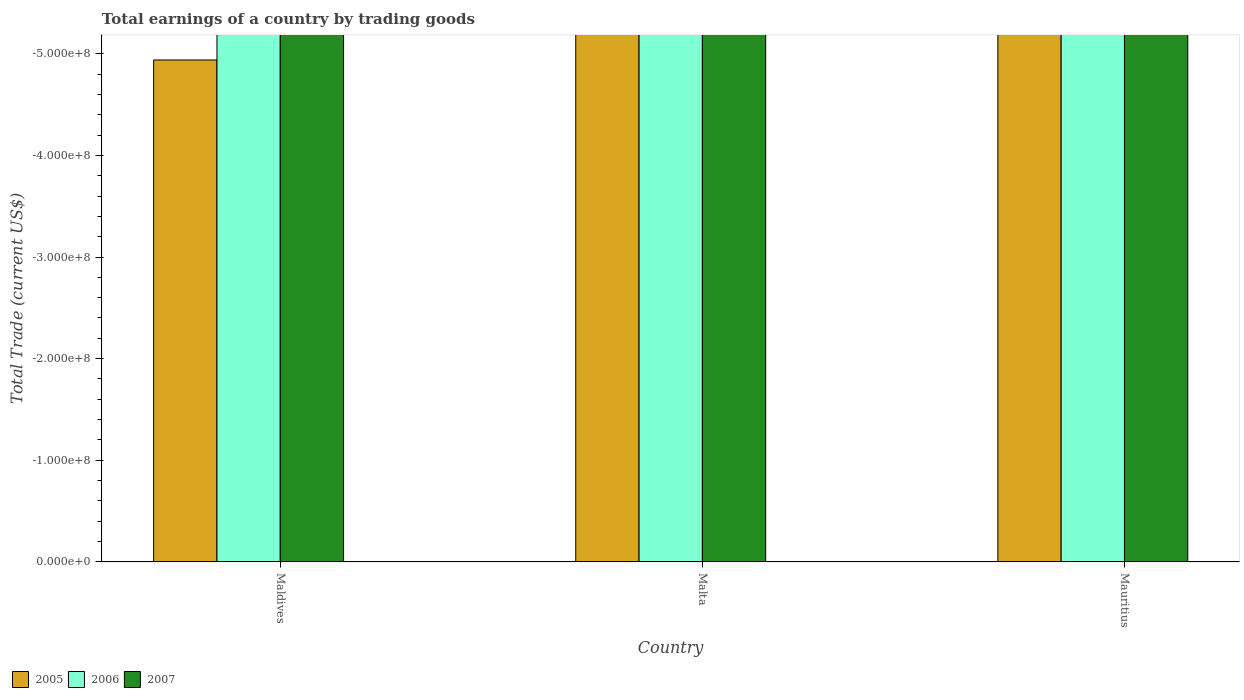
| Country | 2005 | 2006 | 2007 |
 | --- | --- | --- | --- |
 | Maldives | -4.94e+08 | -5.9e+08 | -1.08e+09 |
 | Malta | -1.15e+09 | -1.21e+09 | -1.32e+09 |
 | Mauritius | -7.97e+08 | -1.08e+09 | -1.42e+09 |